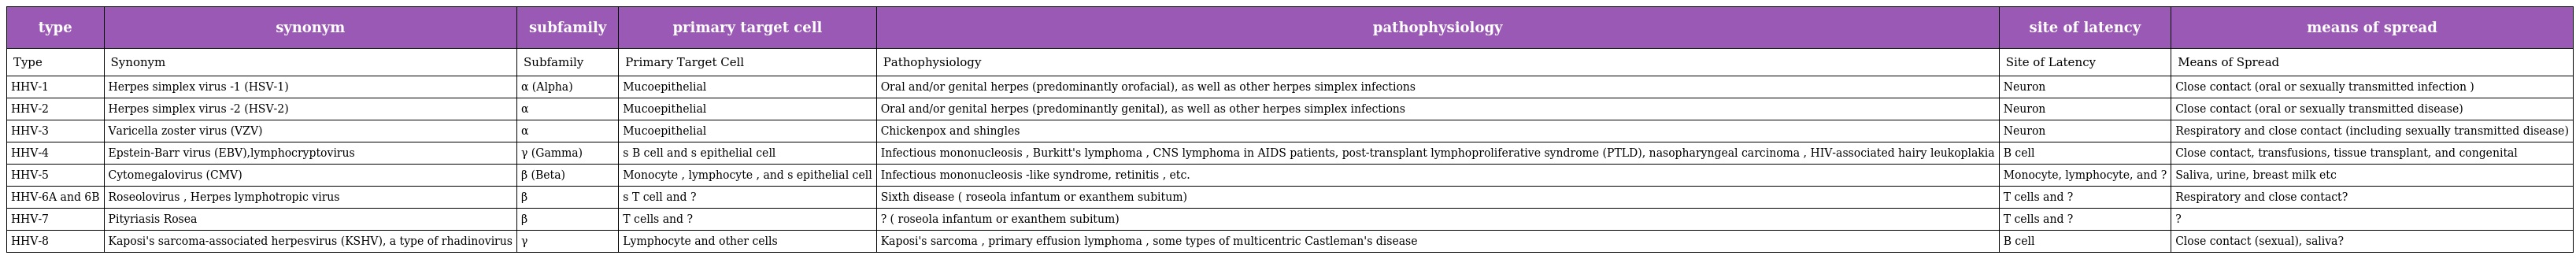
| type | synonym | subfamily | primary target cell | pathophysiology | site of latency | means of spread |
 | --- | --- | --- | --- | --- | --- | --- |
 | Type | Synonym | Subfamily | Primary Target Cell | Pathophysiology | Site of Latency | Means of Spread |
 | HHV‑1 | Herpes simplex virus -1 (HSV-1) | α (Alpha) | Mucoepithelial | Oral and/or genital herpes (predominantly orofacial), as well as other herpes simplex infections | Neuron | Close contact (oral or sexually transmitted infection ) |
 | HHV-2 | Herpes simplex virus -2 (HSV-2) | α | Mucoepithelial | Oral and/or genital herpes (predominantly genital), as well as other herpes simplex infections | Neuron | Close contact (oral or sexually transmitted disease) |
 | HHV-3 | Varicella zoster virus (VZV) | α | Mucoepithelial | Chickenpox and shingles | Neuron | Respiratory and close contact (including sexually transmitted disease) |
 | HHV-4 | Epstein-Barr virus (EBV),lymphocryptovirus | γ (Gamma) | s B cell and s epithelial cell | Infectious mononucleosis , Burkitt's lymphoma , CNS lymphoma in AIDS patients, post-transplant lymphoproliferative syndrome (PTLD), nasopharyngeal carcinoma , HIV-associated hairy leukoplakia | B cell | Close contact, transfusions, tissue transplant, and congenital |
 | HHV-5 | Cytomegalovirus (CMV) | β (Beta) | Monocyte , lymphocyte , and s epithelial cell | Infectious mononucleosis -like syndrome, retinitis , etc. | Monocyte, lymphocyte, and ? | Saliva, urine, breast milk etc |
 | HHV-6A and 6B | Roseolovirus , Herpes lymphotropic virus | β | s T cell and ? | Sixth disease ( roseola infantum or exanthem subitum) | T cells and ? | Respiratory and close contact? |
 | HHV-7 | Pityriasis Rosea | β | T cells and ? | ? ( roseola infantum or exanthem subitum) | T cells and ? | ? |
 | HHV-8 | Kaposi's sarcoma-associated herpesvirus (KSHV), a type of rhadinovirus | γ | Lymphocyte and other cells | Kaposi's sarcoma , primary effusion lymphoma , some types of multicentric Castleman's disease | B cell | Close contact (sexual), saliva? |